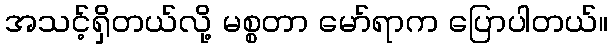
အသင့်ရှိတယ်လို့ မစ္စတာ မော်ရာက ပြောပါတယ်။